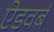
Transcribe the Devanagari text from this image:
ऐडवर्ब